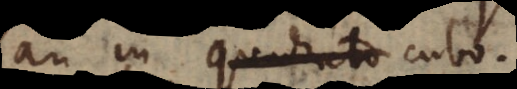
an in quadrato cubo.